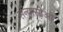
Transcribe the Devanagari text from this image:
संन्यासीओ